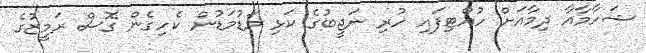
ޝަހާމާއާ ދިމާއަށް ހުއްޓިފައި ހުރި ނަޖީބުގެ ކަޅި މަޑުމަޑުން ކެހިގެން ގޮސް ރަމީޒުގެ